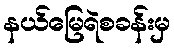
နယ်မြေရဲစခန်းမှ